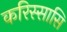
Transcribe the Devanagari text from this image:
करिस्सासि